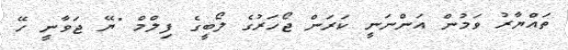
ތައްޔާރު ވަމުން އަންނަނީ ކަރަން ޖޯހަރުގެ ލޯބީގެ ފިލްމް "ޔޭ ޖަވާނީ ހޭ